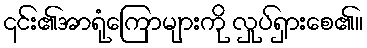
၎င်း၏အာရုံကြောများကို လှုပ်ရှားစေ၏။